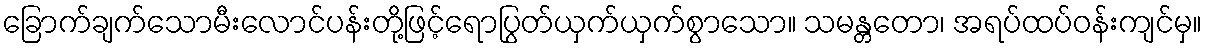
ခြောက်ချက်သောမီးလောင်ပန်းတို့ဖြင့်ရောပြွတ်ယှက်ယှက်စွာသော။ သမန္တတော၊ အရပ်ထပ်ဝန်းကျင်မှ။